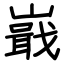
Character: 嶯